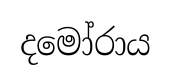
දමෝරාය